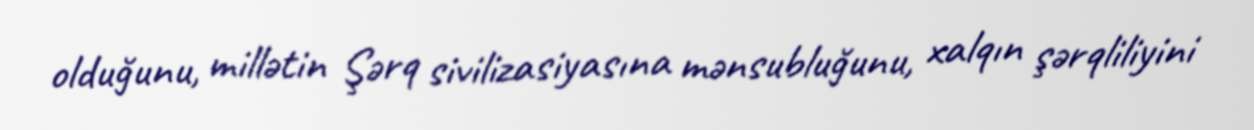
olduğunu, millətin Şərq sivilizasiyasına mənsubluğunu, xalqın şərqliliyini